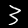
Digit: 3